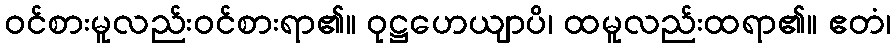
ဝင်စားမူလည်းဝင်စားရာ၏။ ဝုဋ္ဌဟေယျာပိ၊ ထမူလည်းထရာ၏။ ဧတံ၊